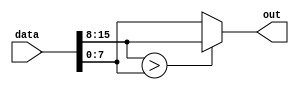
`timescale 1ns / 1ps

module Alege_exponent(data,out);
input [15:0]data;
output reg[7:0] out;

always @(data)
	begin
		if(data[15:8] > data[7:0])
			out = data[15:8];
		else
			out = data[7:0];
	end

endmodule